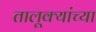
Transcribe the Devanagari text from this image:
तालूक्यांच्या